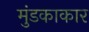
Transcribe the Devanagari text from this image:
मुंडकाकार